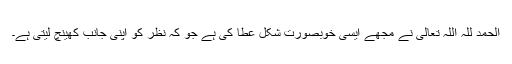
الحمد للہ اللہ تعالی نے مجھے ایسی خوبصورت شکل عطا کی ہے جو کہ نظر کو اپنی جانب کھینچ لیتی ہے۔